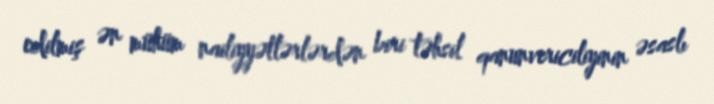
edilmiş ən mühüm nailiyyətlərlərdən biri təhsil qanunvericiliyinin əsaslı